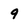
Character: 9